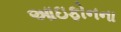
આઇફોનના